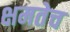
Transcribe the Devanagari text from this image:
क्षमतेच